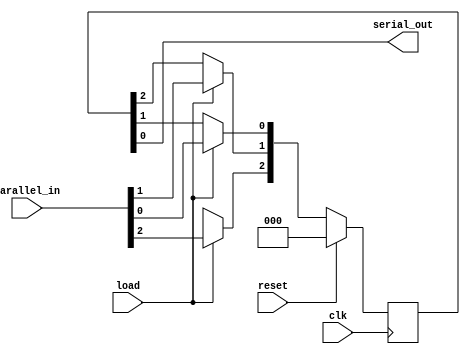
`timescale 1ns / 1ps

module piso (   
    input clk, reset, load, 
    input [2:0]parallel_in,
    output serial_out
    );

  reg [2:0]q= 3'd0;
  
  always @ (posedge clk) 
  begin
    if(reset) q<= 0;
    else begin
    if (load)
      q <= parallel_in;
    else
    begin 
      q[0]=q[1];
      q[1]=q[2];
      q[2]= 1'bx;
    end
  end
  end
  assign serial_out= q[0];
endmodule